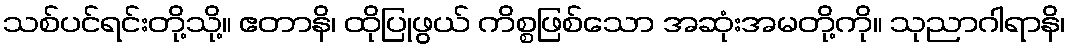
သစ်ပင်ရင်းတို့သို့။ ဧတာနိ၊ ထိုပြုဖွယ် ကိစ္စဖြစ်သော အဆုံးအမတို့ကို။ သုညာဂါရာနိ၊